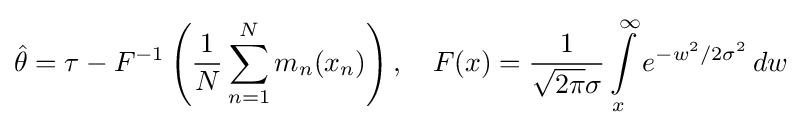
{\hat {\theta }}=\tau -F^{-1}\left({\frac {1}{N}}\sum \limits _{n=1}^{N}m_{n}(x_{n})\right),\quad F(x)={\frac {1}{{\sqrt {2\pi }}\sigma }}\int \limits _{x}^{\infty }e^{-w^{2}/2\sigma ^{2}}\,dw